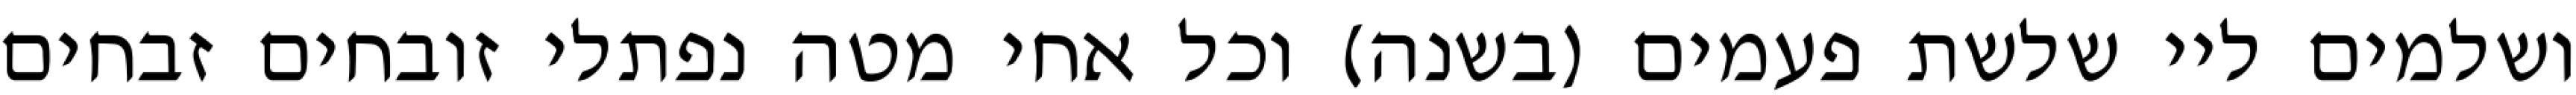
ושלמים ליי שלשת פעמים (בשנה) וכל אחי מטה נפתלי זובחים זבחים